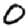
Digit: 0